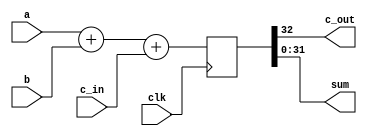
module Verification_Reg(c_out, sum, a, b, c_in, clk);

	parameter W = 32;

	input	[W-1:0] a, b; //declare inputs a, b, and c_in, one bit each
	input c_in;
	input clk;
	output c_out; //declare outputs c_out and sum, one bit each
	output [W-1:0]	sum;
	
	reg [W:0] w;

	assign {c_out, sum} = w;
	
	always@(posedge clk)
		begin
		w <= a + b + c_in;
		end

endmodule